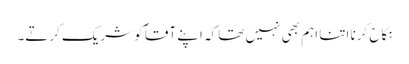
نکاح کرنا اتنا اہم بھی نہیں تھا کہ اپنے آقاؐ کو شریک کرتے۔